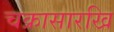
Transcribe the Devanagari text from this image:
चक्रासारखि